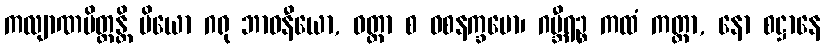
ကလျာဏမိတ္တန္တိ ပိယော ဂရု ဘာဝနီယော, ဝတ္တာ စ ဝစနက္ခမော၊ ဂမ္ဘီရဉ္စ ကထံ ကတ္တာ, နော စဋ္ဌာနေ